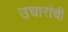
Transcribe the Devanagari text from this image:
उचारांची